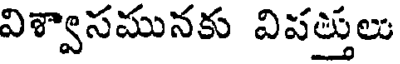
విశ్వాసమునకు విపత్తులు